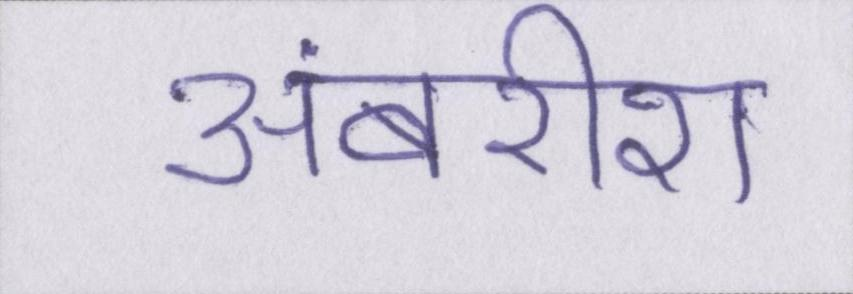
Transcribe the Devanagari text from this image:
अंबरीश